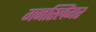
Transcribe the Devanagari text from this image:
गनस्लिंगर